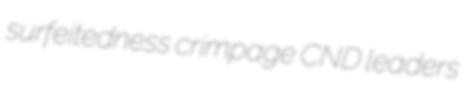
surfeitedness crimpage CND leaders